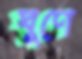
ঘূণে